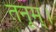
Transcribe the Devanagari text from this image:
तनूम्।